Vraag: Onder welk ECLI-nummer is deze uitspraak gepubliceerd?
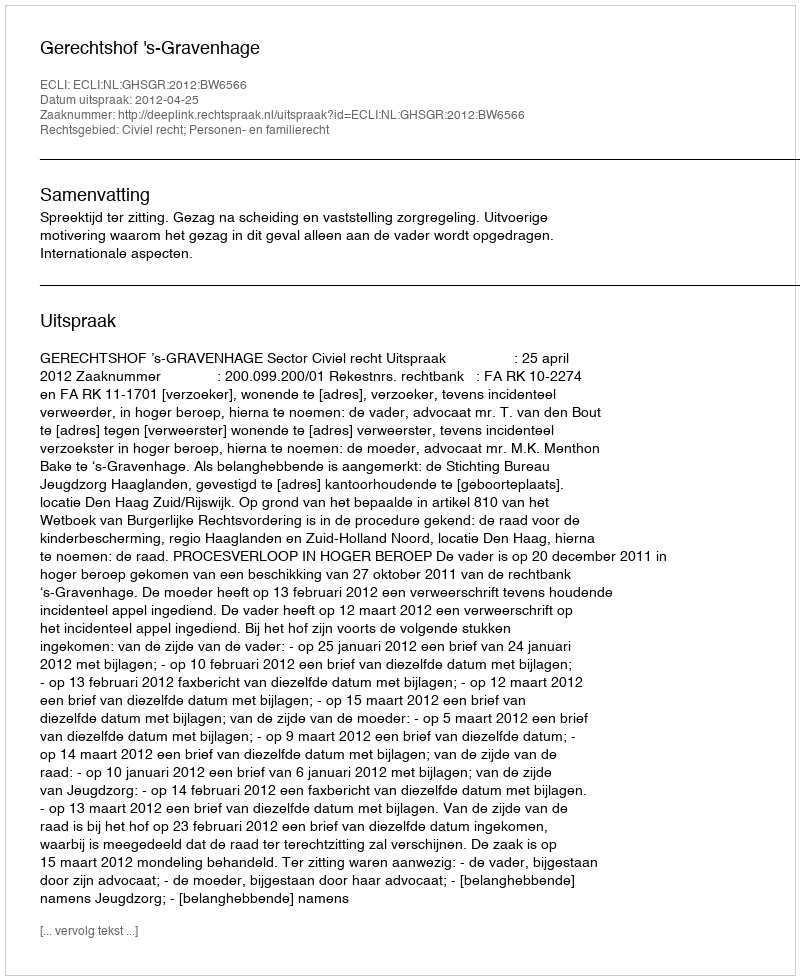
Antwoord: ECLI:NL:GHSGR:2012:BW6566